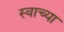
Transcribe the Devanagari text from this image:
स्वाच्या